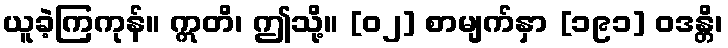
ယူခဲ့ကြကုန်။ ဣတိ၊ ဤသို့။ [၀၂] စာမျက်နှာ [၁၉၁] ဝဒန္တိ၊